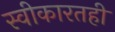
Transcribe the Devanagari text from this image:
स्वीकारतही